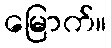
မြောက်။